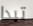
تبدا